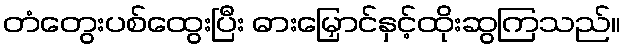
တံတွေးပစ်ထွေးပြီး ဓားမြှောင်နှင့်ထိုးဆွကြသည်။